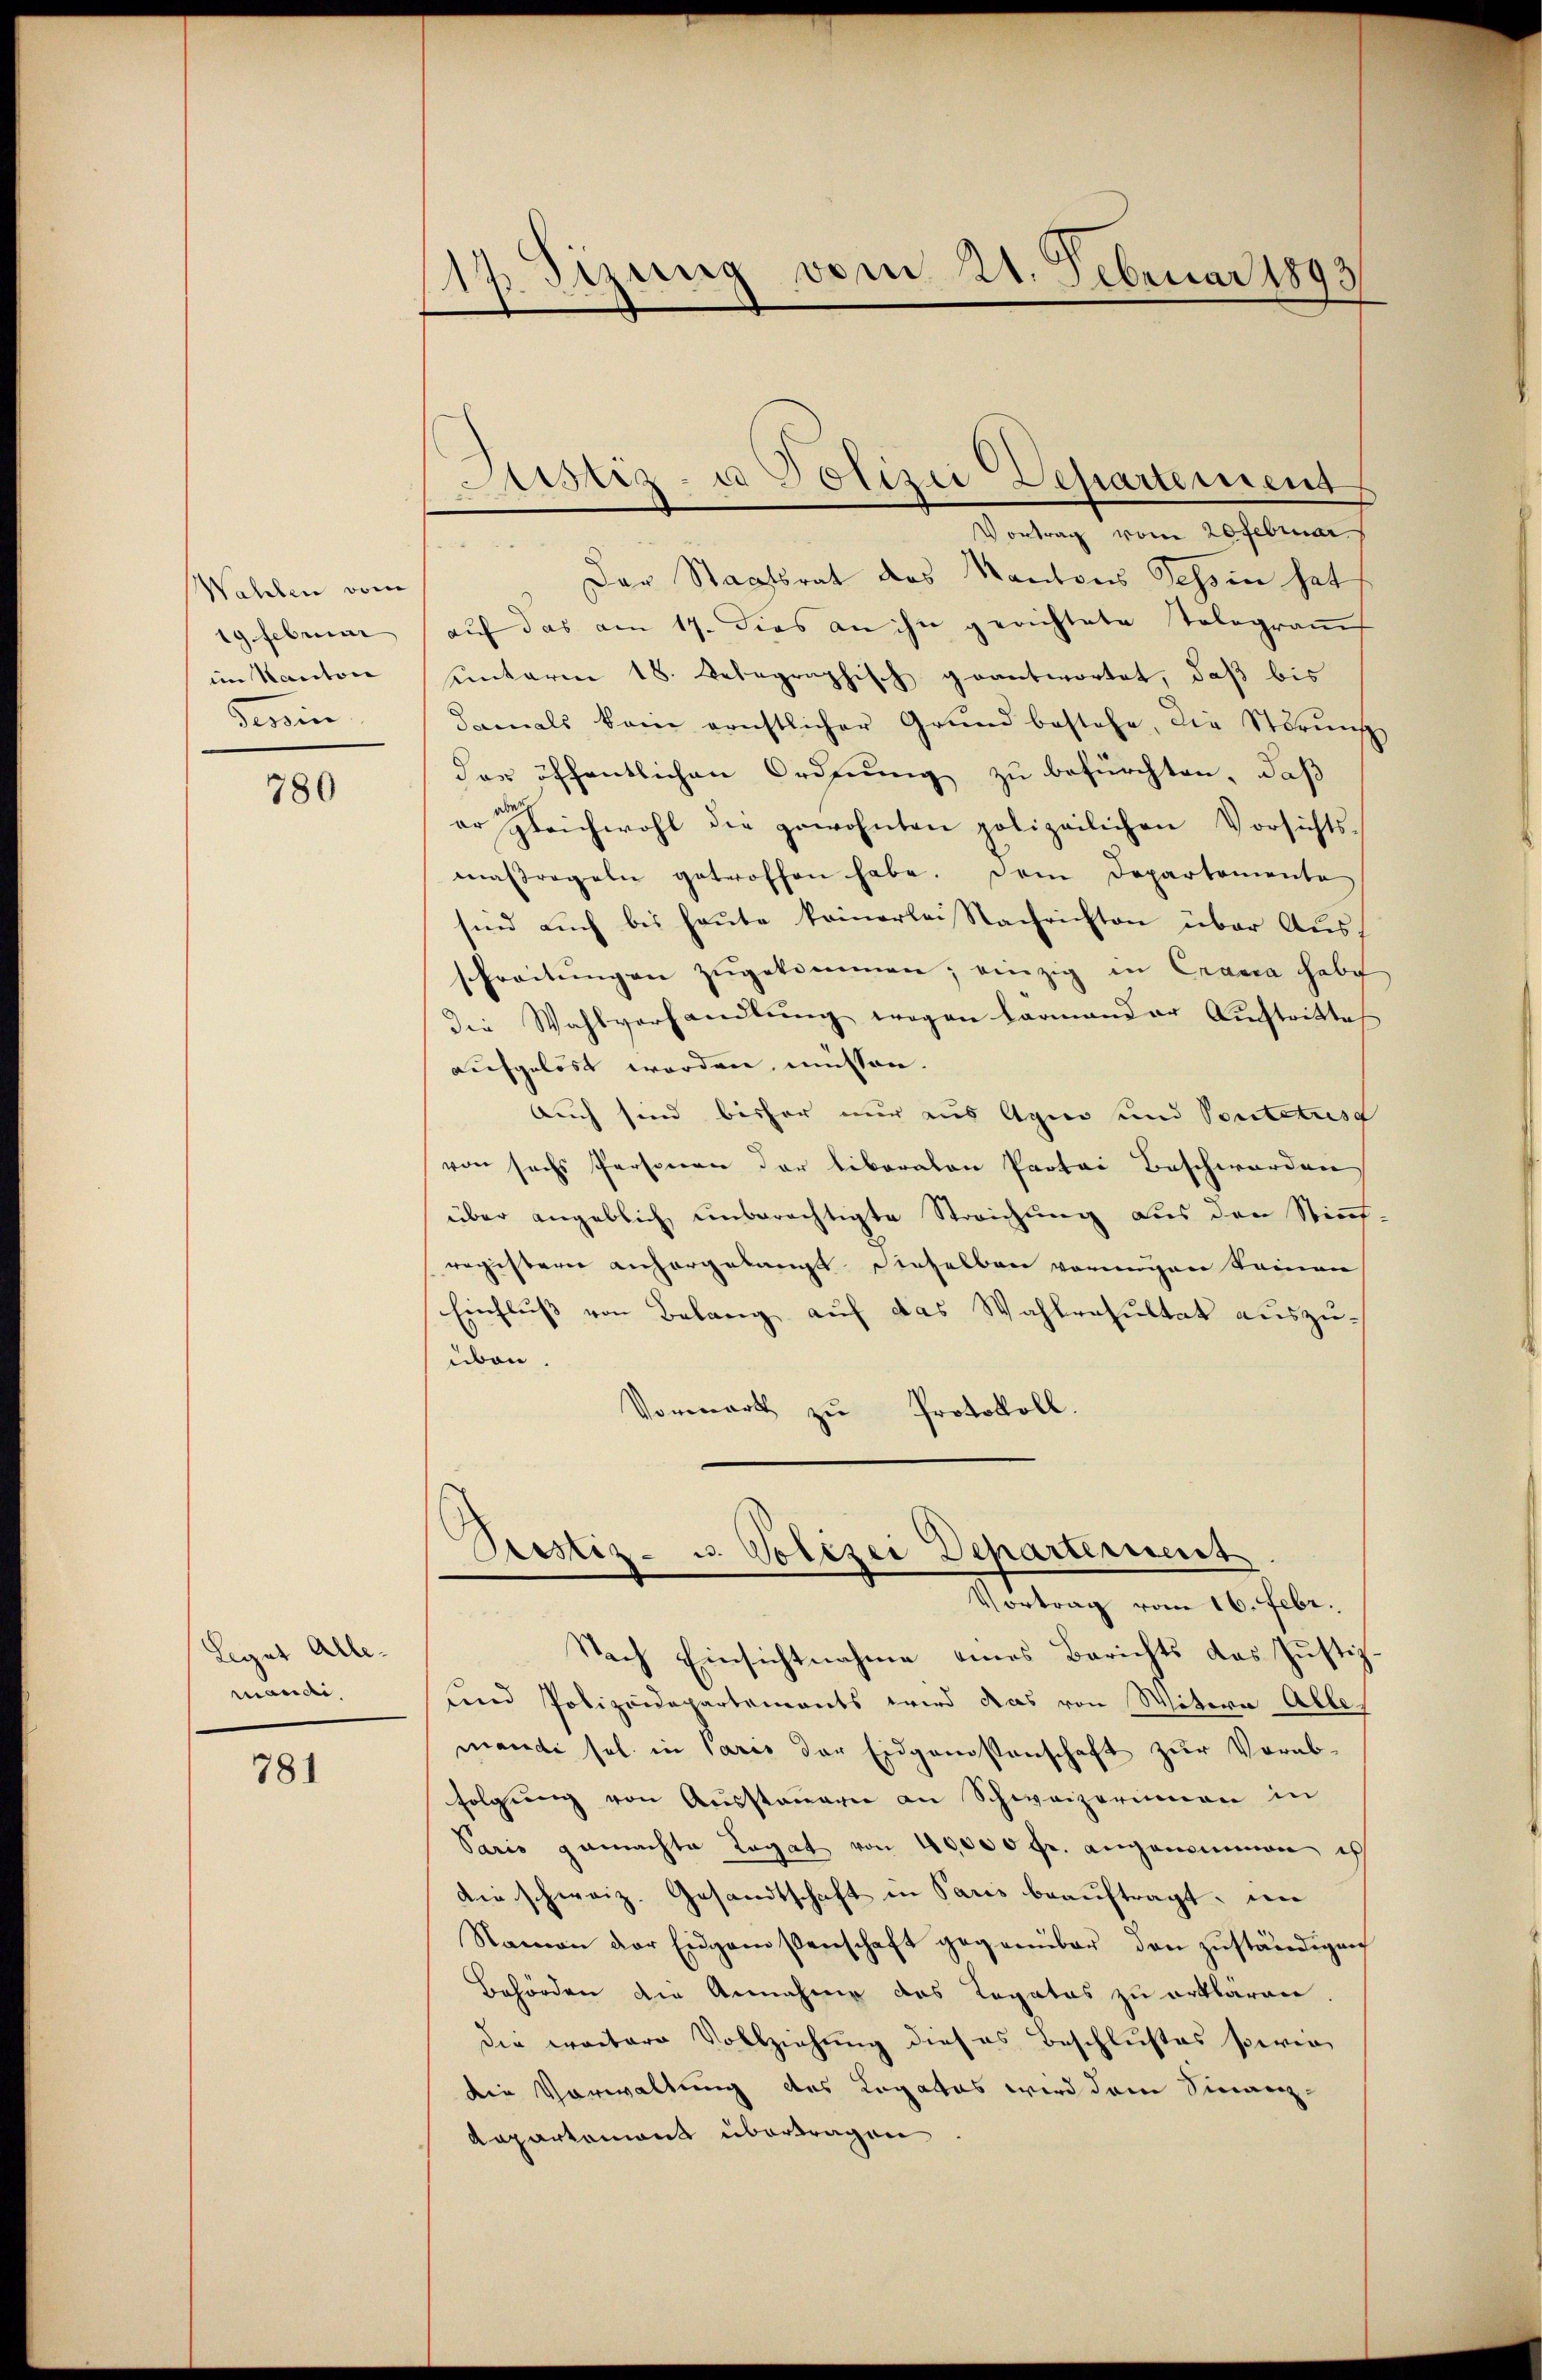
Wahlen vom
19 Februar
im Kantone
Provin

780

Legat Alle-
mandi,

781

17. Sizung vom 21. Februar 1893

Vortrag vom 20 Februar
Der Staatsrat des Kantons Tessin hat
auf das am 17. dies an ihn gerichtete Tolograms
unterm 18. Delegraphisch geantwortet, daß bis
damals kam ernstlicher Grŭnd bestehe, die Störŭng
der öffentlichen Ordnung zu befürchten, daß
er gleichwohl die gewohnten polizeilichen Vorsichts-
maßregeln getroffen habe. Dem Departemente
sind auch bis heute keinerlei Nachrichten über Aussfreitŭngen zŭgekommen; einzig in Craca habe
die Wahlverhandlŭng wegen harmander Aŭstritte
aufgelöst worden müssen.
Auch sind bisher nur aus Agio und Sontatisc
von sechs Personen der liberaten Partei Beschwerden
über angeblich unberechtigte Streichung aus den Stief-
registern anhergelangt dieselben vorangen keinen
Einfluss von Belang auf das Wahlresultat auszuüben
Vorwart zu Protokoll.

Astiz- u Polizei Departement

Stestiz- u. Polizei Departement.
Vortrag vom 16. Febr.

Nach Einsichtnahme eines Berichts das Justiz.
und Polizeidepartements wird das von Witwe Alles
mandi sel. in Paris der Eidgenossenschaft zur Vorabfolgung von Aussteuern an Schweizerinnen in
Paris gemachte Legat von 10,000 fr. angenommen ich
die schweiz. Gesandtschaft in Paris beauftragt. Die
Namon der Eidgenoßenschaft gegenüber den zŭständigen
Behörden die Annahme das Rogatos zu erklären.
die weitere Vollziehung dieses Beschlußes serin
die Vorwaltung des Kopatos wird dem Sinari¬
Aapartement übertragen